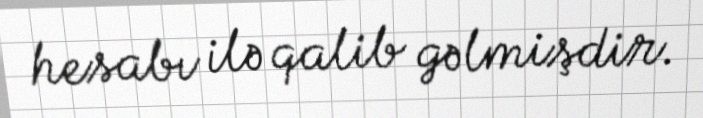
hesabı ilə qalib gəlmişdir.